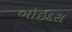
બોઇદરા